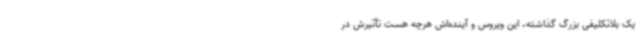
یک بلاتکلیفی بزرگ گذاشته، این ویروس و آینده‌اش هرچه هست تأثیرش در